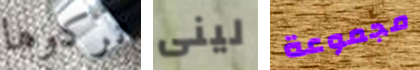
تركوها لينى مجموعة